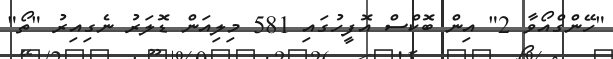
"ހޭންގްއޯވާ 2" އިން ބޮކްސް އޮފީހުގައި 581 މިލިއަން ޑޮލަރު ނެގިއިރު "ތޯ"